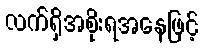
လက်ရှိအစိုးရအနေဖြင့်